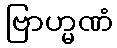
ဗြာဟ္မဏံ